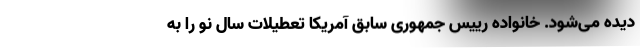
دیده می‌شود. خانواده رییس جمهوری سابق آمریکا تعطیلات سال نو را به